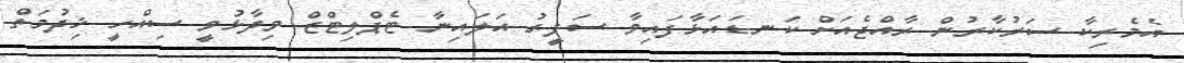
އެމެރިކާ ސަރުކާރުން ރާއްޖެއަށް ކަނޑައަޅާފައިވާ ސަފީރު އަލައިނާ ޓެޕްލިޓްޒް ވިދާޅުވީ ސިއްހީ ޚިދުމަތް